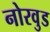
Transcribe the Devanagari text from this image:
नोरवुड